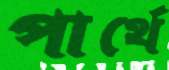
পার্থে